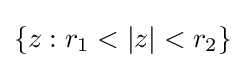
\{z:r_{1}<|z|<r_{2}\}